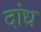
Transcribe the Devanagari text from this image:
दांध